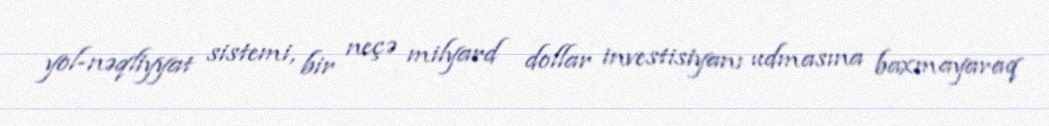
yol-nəqliyyat sistemi, bir neçə milyard dollar investisiyanı udmasına baxmayaraq